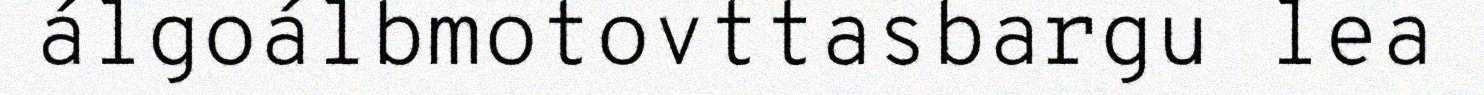
álgoálbmotovttasbargu lea